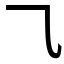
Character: ⺄